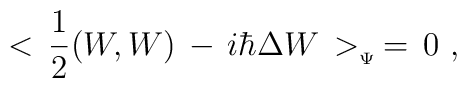
<\,{1\over 2}(W,W)\, - \, i\hbar\Delta W\,>_{_{\Psi}}\,=\,0\,\,,